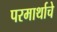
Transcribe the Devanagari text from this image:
परमार्थाचे